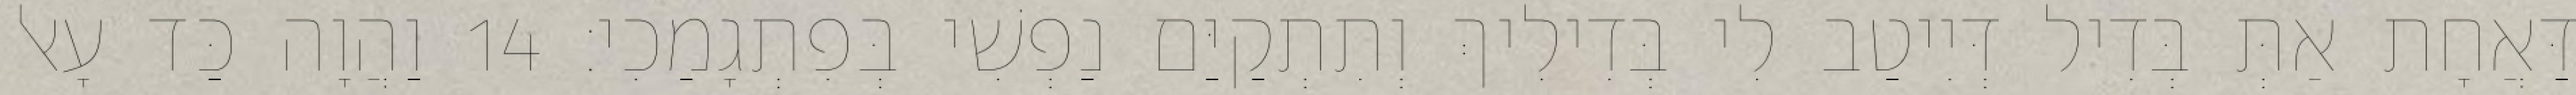
דַּאֲחָת אַתְּ בְּדִיל דְּיִיטַב לִי בְּדִילִיךְ וְתִתְקַיַּם נַפְשִׁי בְּפִתְגָמַכִי׃ 14 וַהֲוָה כַּד עָאל